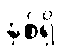
နှစ်ရှိ